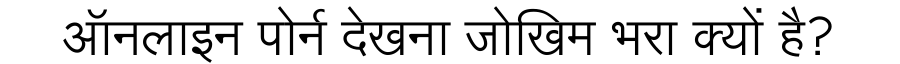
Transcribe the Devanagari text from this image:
ऑनलाइन पोर्न देखना जोखिम भरा क्यों है?